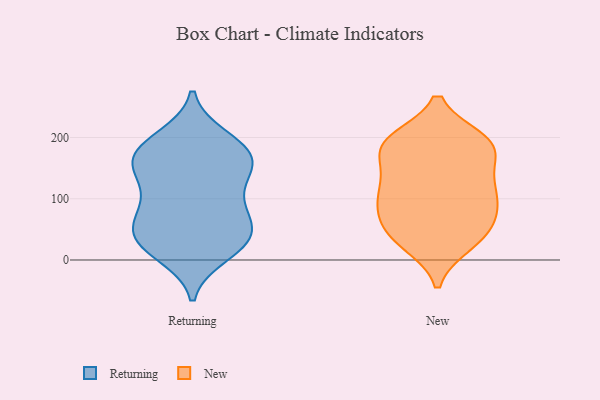
{"axis": {"x": "Headcount", "y": "Value"}, "legend": ["New", "Returning"], "data": [{"x": "", "y": 33, "type": "Returning"}, {"x": "", "y": 30, "type": "Returning"}, {"x": "", "y": 70, "type": "Returning"}, {"x": "", "y": 199, "type": "Returning"}, {"x": "", "y": 48, "type": "Returning"}, {"x": "", "y": 181, "type": "Returning"}, {"x": "", "y": 161, "type": "Returning"}, {"x": "", "y": 71, "type": "Returning"}, {"x": "", "y": 102, "type": "Returning"}, {"x": "", "y": 124, "type": "Returning"}, {"x": "", "y": 10, "type": "Returning"}, {"x": "", "y": 191, "type": "Returning"}, {"x": "", "y": 158, "type": "Returning"}, {"x": "", "y": 24, "type": "Returning"}, {"x": "", "y": 166, "type": "Returning"}, {"x": "", "y": 142, "type": "Returning"}, {"x": "", "y": 31, "type": "Returning"}, {"x": "", "y": 165, "type": "Returning"}, {"x": "", "y": 78, "type": "Returning"}, {"x": "", "y": 192, "type": "New"}, {"x": "", "y": 40, "type": "New"}, {"x": "", "y": 169, "type": "New"}, {"x": "", "y": 76, "type": "New"}, {"x": "", "y": 119, "type": "New"}, {"x": "", "y": 93, "type": "New"}, {"x": "", "y": 37, "type": "New"}, {"x": "", "y": 88, "type": "New"}, {"x": "", "y": 85, "type": "New"}, {"x": "", "y": 196, "type": "New"}, {"x": "", "y": 194, "type": "New"}, {"x": "", "y": 194, "type": "New"}, {"x": "", "y": 184, "type": "New"}, {"x": "", "y": 32, "type": "New"}, {"x": "", "y": 134, "type": "New"}, {"x": "", "y": 61, "type": "New"}, {"x": "", "y": 183, "type": "New"}, {"x": "", "y": 127, "type": "New"}, {"x": "", "y": 122, "type": "New"}, {"x": "", "y": 26, "type": "New"}]}